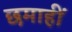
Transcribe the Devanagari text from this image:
छमाहीं